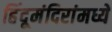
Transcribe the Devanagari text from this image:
हिंदूमंदिरांमध्ये